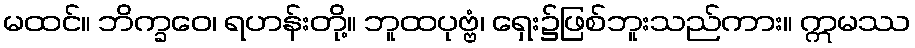
မထင်။ ဘိက္ခဝေ၊ ရဟန်းတို့။ ဘူထပုဗ္ဗံ၊ ရှေး၌ဖြစ်ဘူးသည်ကား။ ဣမဿ